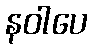
နဝါပေ